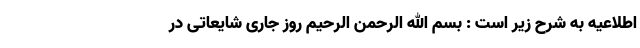
اطلاعیه به شرح زیر است : بسم الله الرحمن الرحیم روز جاری شایعاتی در